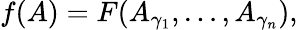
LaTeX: f(A)=F(A_{\gamma_{1}},\dots,A_{\gamma_{n}}),